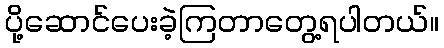
ပို့ဆောင်ပေးခဲ့ကြတာတွေ့ရပါတယ်။